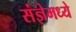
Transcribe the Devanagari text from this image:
संज्ञेमध्ये